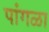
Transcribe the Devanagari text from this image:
पांगळा